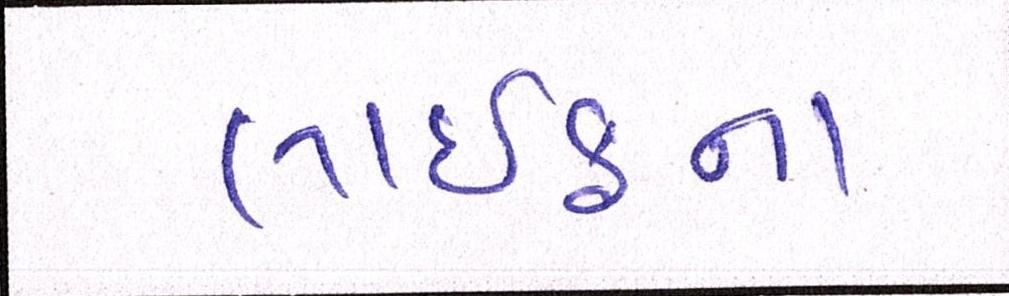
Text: લાઈફના